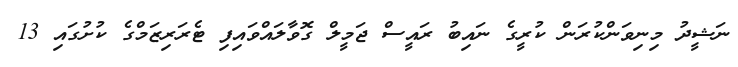
ނަޝީދު މިނިވަންކުރަން ކުރީގެ ނައިބު ރައީސް ޖަމީލް ގޮވާލައްވައިފި ޓެރަރިޒަމްގެ ކުށުގައި 13